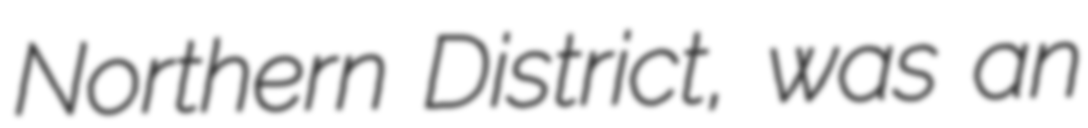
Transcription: Northern District, was an